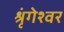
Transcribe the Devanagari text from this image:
श्रृंगेश्‍वर